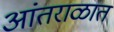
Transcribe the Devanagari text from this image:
आंतराळात